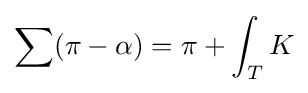
\sum (\pi -\alpha )=\pi +\int _{T}K